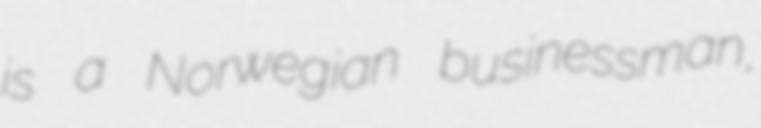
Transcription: is a Norwegian businessman,